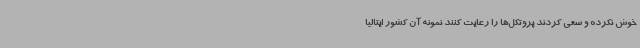
خوش نکرده و سعی کردند پروتکل‌ها را رعایت کنند نمونه آن کشور ایتالیا